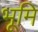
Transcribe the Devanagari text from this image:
भूमि